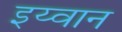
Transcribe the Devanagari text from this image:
इय्वान